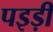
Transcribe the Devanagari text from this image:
पइड़ी